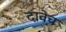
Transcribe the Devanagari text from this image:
दावेच